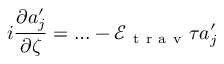
i \frac { \partial a _ { j } ^ { \prime } } { \partial \zeta } = \ldots - \mathcal { E } _ { \mathrm { ~ t ~ r ~ a ~ v ~ } } \tau a _ { j } ^ { \prime }